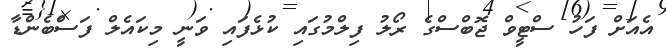
އެއަށް ފަހު ސްޓީވް ޖޮބްސްގެ ރޯލު ފިލްމުގައި ކުޅެފައި ވަނީ މިކައެލް ފަސްބެންޑާ